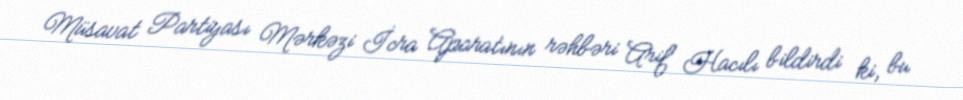
Müsavat Partiyası Mərkəzi İcra Aparatının rəhbəri Arif Hacılı bildirdi ki, bu